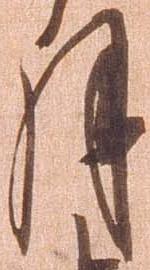
月